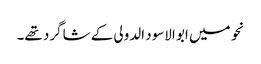
نحو میں ابو الاسود الدولی کے شاگرد تھے۔